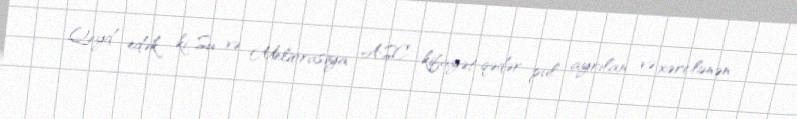
Qeyd edək ki, Su və Meliorasiya ASC kifayət qədər pul ayrılan və xərclənən